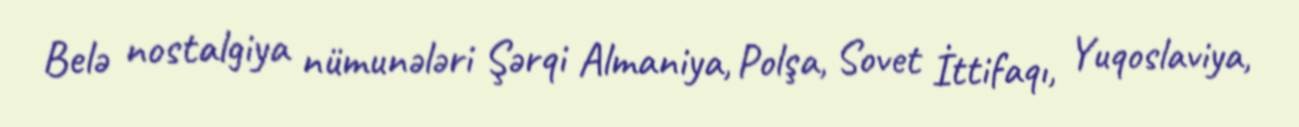
Belə nostalgiya nümunələri Şərqi Almaniya, Polşa, Sovet İttifaqı, Yuqoslaviya,